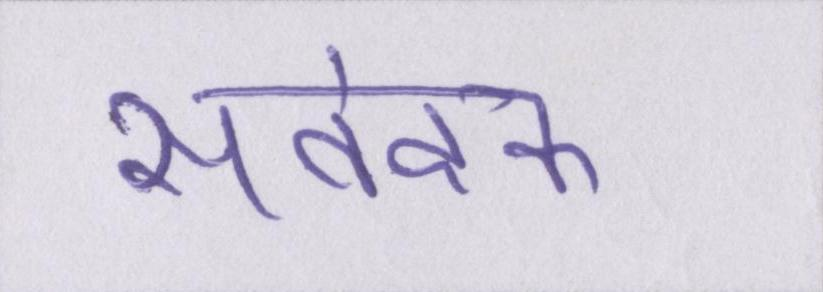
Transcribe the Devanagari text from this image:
संवेदक